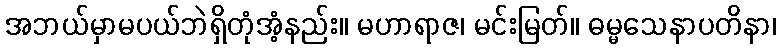
အဘယ်မှာမပယ်ဘဲရှိတုံအံ့နည်း။ မဟာရာဇ၊ မင်းမြတ်။ ဓမ္မသေနာပတိနာ၊